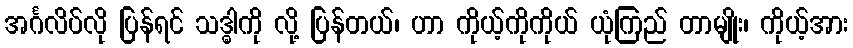
အင်္ဂလိပ်လို ပြန်ရင် သဒ္ဓါကို လို့ ပြန်တယ်၊ ဟာ ကိုယ့်ကိုကိုယ် ယုံကြည် တာမျိုး၊ ကိုယ့်အား